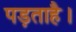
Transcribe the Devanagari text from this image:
पड़ताहै।